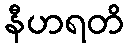
နီဟရတိ